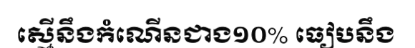
ស្មើនឹងកំណើនជាង១០% ធៀបនឹង